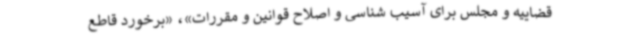
قضاییه و مجلس برای آسیب شناسی و اصلاح قوانین و مقررات»، «برخورد قاطع